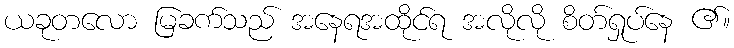
ယခုတလော မြခက်သည် အနေရအထိုင်ရ အလိုလို စိတ်ရှုပ်နေ ၏။